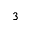
^ 3